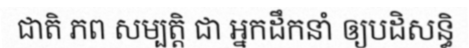
ជាតិ ភព សម្បត្តិ ជា អ្នកដឹកនាំ ឲ្យបដិសន្ធិ